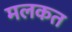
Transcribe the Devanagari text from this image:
मलकत